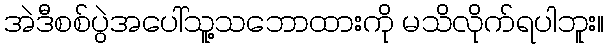
အဲဒီစစ်ပွဲအပေါ်သူ့သဘောထားကို မသိလိုက်ရပါဘူး။